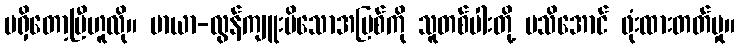
မရှိတော့ပြီဟူလို။ မာယာ-လွန်ကျူးမိသောအပြစ်ကို သူတစ်ပါးတို့ မသိအောင် ဖုံးထားတတ်မှု။